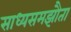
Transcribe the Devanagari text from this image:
साध्यसमझौता